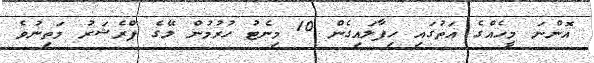
އޮންނަ މީހެއްގެ އަތުގައި ހިފާލައިގެން 10 މިނެޓު ހުރުމުން ލޭގެ ޕްރެޝަރު މަތިނުވެ